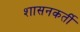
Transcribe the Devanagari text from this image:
शासनकर्ती